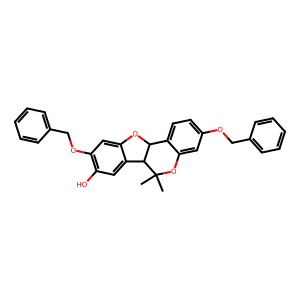
SMILES: CC1(C)Oc2cc(OCc3ccccc3)ccc2C2Oc3cc(OCc4ccccc4)c(O)cc3C21
Inhibits HIV replication: No